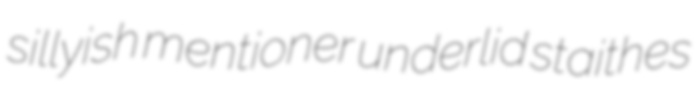
sillyish mentioner underlid staithes